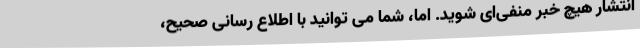
انتشار هیچ خبر منفی‌ای شوید. اما، شما می توانید با اطلاع رسانی صحیح،